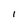
Character: l